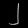
Digit: ၂